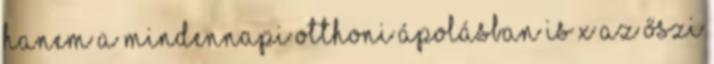
hanem a mindennapi otthoni ápolásban is x Az őszi